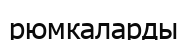
рюмкаларды